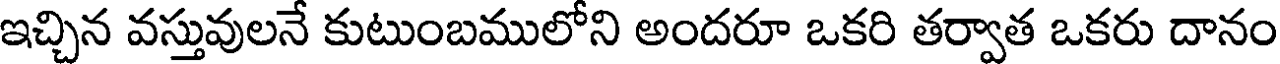
ఇచ్చిన వస్తువులనే కుటుంబములోని అందరూ ఒకరి తర్వాత ఒకరు దానం